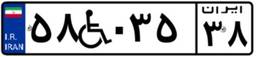
۵۸W۰۳۵۳۸